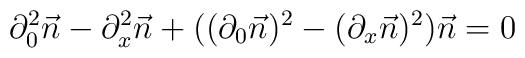
\partial_{0}^2 \vec{n} - \partial_{x}^2\vec{n}+((\partial_{0}\vec{n})^2 - (\partial_{x}\vec{n})^2 )\vec{n} = 0